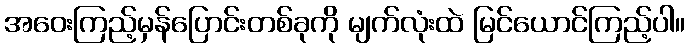
အဝေးကြည့်မှန်ပြောင်းတစ်ခုကို မျက်လုံးထဲ မြင်ယောင်ကြည့်ပါ။